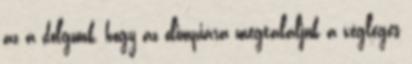
az a dolgunk, hogy az olimpiára megtaláljuk a végleges